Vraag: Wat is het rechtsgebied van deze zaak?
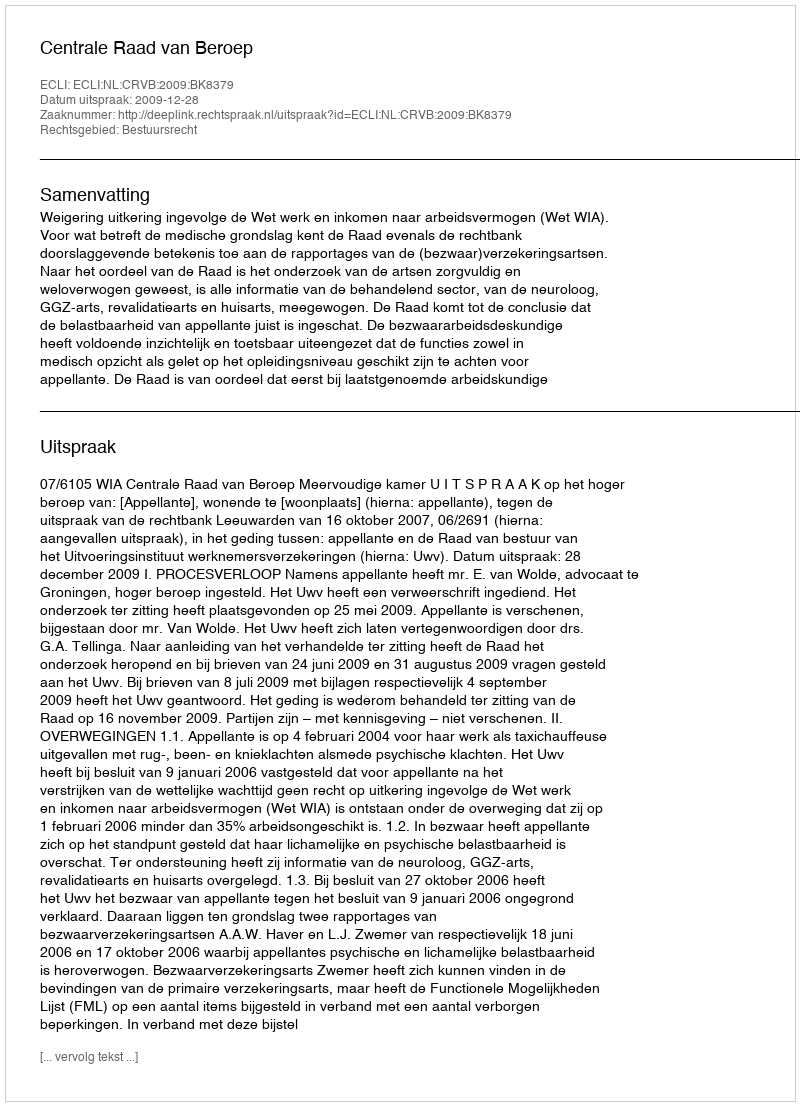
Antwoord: Bestuursrecht